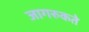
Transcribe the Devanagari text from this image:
जागरुकते